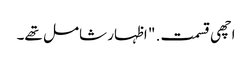
اچھی قسمت. " اظہار شامل تھے۔